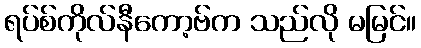
ရပ်စ်ကိုလ်နီကော့ဗ်က သည်လို မမြင်။